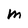
Character: M